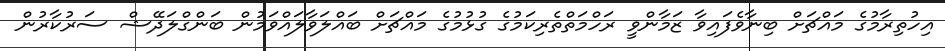
އިހުތިރާމުގެ މައްޗަށް ބިނާވެފައިވާ ޒަމާންވީ ރަހްމަތްތެރިކަމުގެ ގުޅުމުގެ މައްޗަށް ބައްލަވާލައްވަމުން ބަންގްލަދޭޝް ސަރުކާރުން